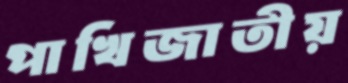
পাখিজাতীয়